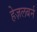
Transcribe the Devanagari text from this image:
हेज़लबर्न